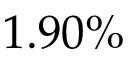
1 . 9 0 \%